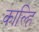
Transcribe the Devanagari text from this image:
काल्हि